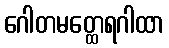
ဂေါတမတ္ထေရဂါထာ